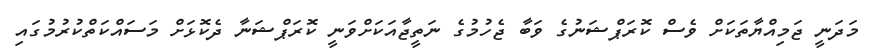
މަދަނީ ޖަމިއްޔާތަކަށް ވެސް ކޮރަޕްޝަނުގެ ވަބާ ޖެހުމުގެ ނަތީޖާއަކަށްވަނީ ކޮރަޕްޝަނާ ދެކޮޅަށް މަސައްކަތްކުރުމުގައި